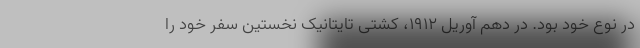
در نوع خود بود. در دهم آوریل 1912، کشتی تایتانیک نخستین سفر خود را